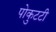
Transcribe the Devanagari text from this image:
पोकुटटी